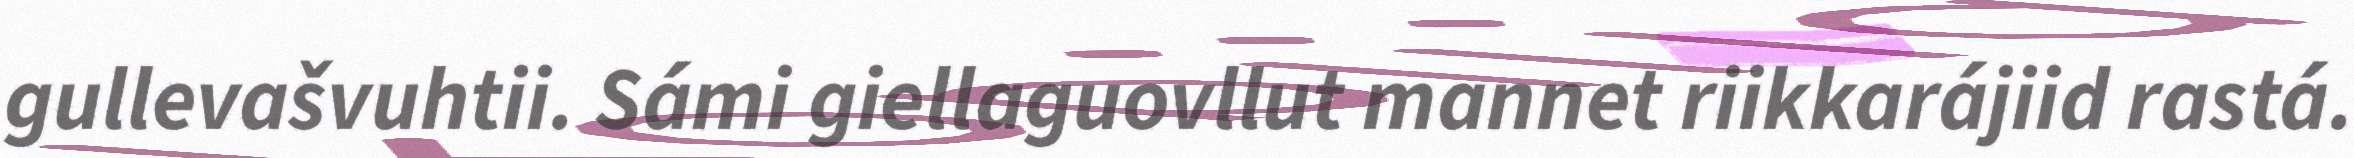
gullevašvuhtii. Sámi giellaguovllut mannet riikkarájiid rastá.